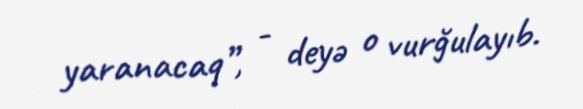
yaranacaq”, - deyə o vurğulayıb.